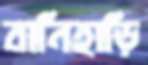
বানিহাড়ি